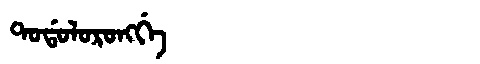
Manchu: ᡨᠣᡩᠣᠯᠣᡵᠣᠩᡤᡝ
Romanization: TODOLORONGGE